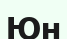
Юн